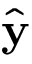
\hat { \bf y }